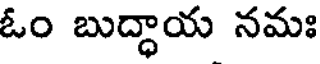
ఓం బుద్ధాయ నమః